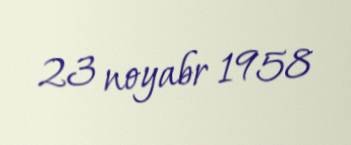
23 noyabr 1958